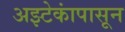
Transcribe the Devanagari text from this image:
अझ्टेकांपासून